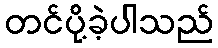
တင်ပို့ခဲ့ပါသည်